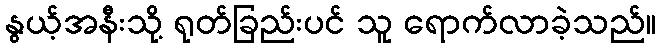
နွယ့်အနီးသို့ ရုတ်ခြည်းပင် သူ ရောက်လာခဲ့သည်။